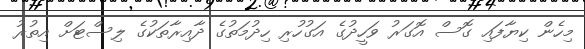
މިހެން ކިޔާފައި ގޮސް އޮގަރު ވަހީދުގެ އަގުހުރި ހިދުމަތުގެ ދާއިރާތަކުގެ ލިސްޓަށް އިތުރު